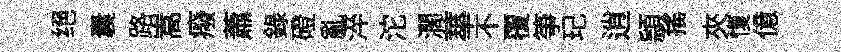
绝囊路嵩癈蕭錄磴亂淬沱濶蕐不覆箏玘逍頴揺夾愎億